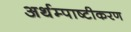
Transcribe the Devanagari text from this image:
अर्थम्पाष्टीकरण